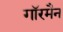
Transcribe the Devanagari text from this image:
गाॅरमैन